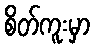
စိတ်ကူးမှာ